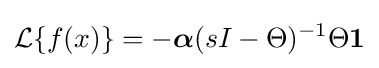
{\mathcal {L}}\{f(x)\}=-{\boldsymbol {\alpha }}(sI-\Theta )^{-1}\Theta {\boldsymbol {1}}